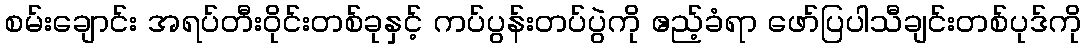
စမ်းချောင်း အရပ်တီးဝိုင်းတစ်ခုနှင့် ကပ်ပွန်းတပ်ပွဲကို ဧည့်ခံရာ ဖော်ပြပါသီချင်းတစ်ပုဒ်ကို